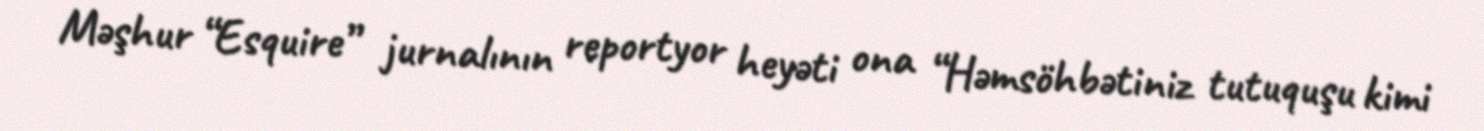
Məşhur “Esquire” jurnalının reportyor heyəti ona “Həmsöhbətiniz tutuquşu kimi